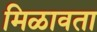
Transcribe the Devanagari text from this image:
मिळावता